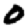
Digit: 0